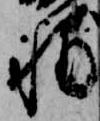
輔